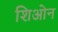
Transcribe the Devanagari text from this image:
शिओन